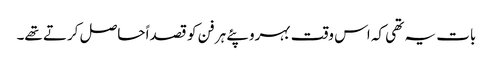
بات یہ تھی کہ اس وقت بہروپئے ہر فن کو قصداً حاصل کرتے تھے۔